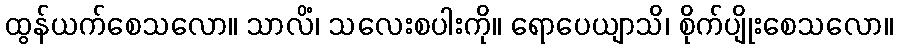
ထွန်ယက်စေသလော။ သာလိံ၊ သလေးစပါးကို။ ရောပေယျာသိ၊ စိုက်ပျိုးစေသလော။